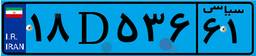
۴۲D۶۳۶۰۵